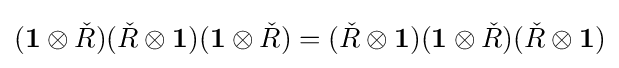
(\mathbf {1} \otimes {\check {R}})({\check {R}}\otimes \mathbf {1} )(\mathbf {1} \otimes {\check {R}})=({\check {R}}\otimes \mathbf {1} )(\mathbf {1} \otimes {\check {R}})({\check {R}}\otimes \mathbf {1} )